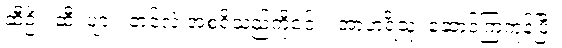
ဆီဦး၊ ဆီ၊ ပျား၊ တင်လဲ အစရှိသည်ကို၎င်း။ အာဟရိံသု၊ ဆောင်ကြကုန်ပြီ။